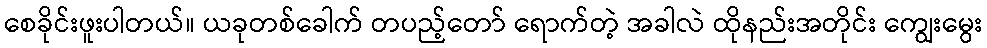
စေခိုင်းဖူးပါတယ်။ ယခုတစ်ခေါက် တပည့်တော် ရောက်တဲ့ အခါလဲ ထိုနည်းအတိုင်း ကျွေးမွေး